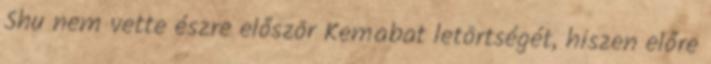
Shu nem vette észre először Kemabat letörtségét, hiszen előre